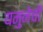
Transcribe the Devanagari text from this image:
यमुनेची